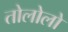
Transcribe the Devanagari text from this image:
तोलोलो